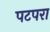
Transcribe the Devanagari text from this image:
पटपरा